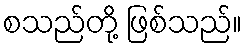
စသည်တို့ ဖြစ်သည်။